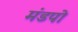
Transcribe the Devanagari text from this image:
मंडपो